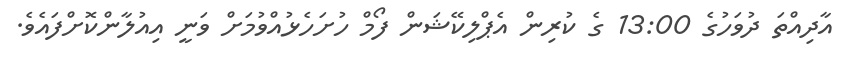
އާދިއްތަ ދުވަހުގެ 13:00 ގެ ކުރިން އެޕްލިކޭޝަން ފޯމް ހުށަހެޅުއްވުމަށް ވަނީ އިއުލާންކޮށްފައެވެ.